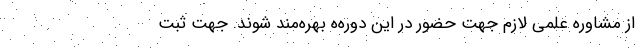
از مشاوره علمی لازم جهت حضور در این دوره‌ه بهره‌مند شوند. جهت ثبت